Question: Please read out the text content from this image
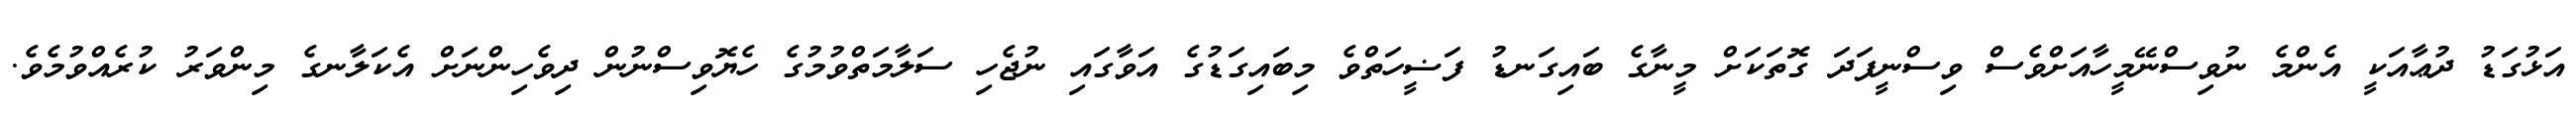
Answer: އަޅުގަޑު ދުޢާއަކީ އެންމެ ނުވިސްނޭމީހާއަށްވެސް ވިސްނީފަދަ ގޮތަކަށް މީނާގެ ބައިގަނޑު ފަޟީހަތްވެ މިބައިގަޑުގެ އަވާގައި ނުޖެހި ސަލާމަތްވުމުގެ ހެޔޮވިސްނުން ދިވެހިންނަށް އެކަލާނގެ މިންވަރު ކުރެއްވުމެވެ.